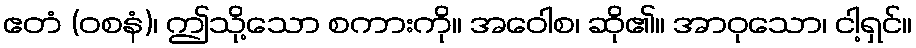
ဧတံ (ဝစနံ)၊ ဤသို့သော စကားကို။ အဝေါစ၊ ဆို၏။ အာဝုသော၊ ငါ့ရှင်။